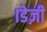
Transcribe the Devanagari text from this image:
।डेज़ी